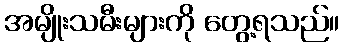
အမျိုးသမီးများကို တွေ့ရသည်။